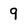
Character: 9